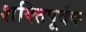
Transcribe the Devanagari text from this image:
शक्‍तिपूर्वक